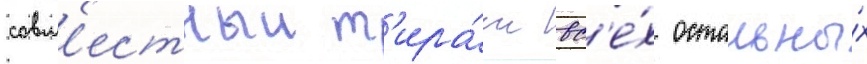
совм'естныи т'ира́ж вс'е́х остальны́х